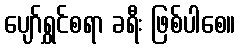
ပျော်ရွှင်စရာ ခရီး ဖြစ်ပါစေ။